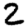
Digit: 2